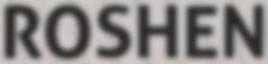
ROSHEN